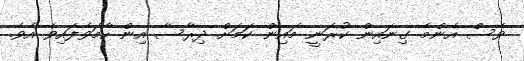
ވެސް އެންމެ ގިނައިން ކުރަނީ މައިން ކަމަށް ދިރާސާ އިން ހާމަވެފައިވެ އެވެ.